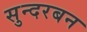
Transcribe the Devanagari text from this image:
सुन्दरबन